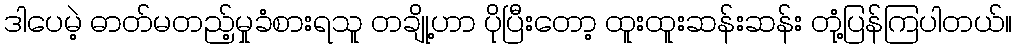
ဒါပေမဲ့ ဓာတ်မတည့်မှုခံစားရသူ တချို့ဟာ ပိုပြီးတော့ ထူးထူးဆန်းဆန်း တုံ့ပြန်ကြပါတယ်။